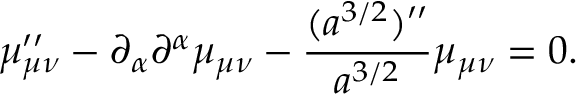
\mu _ { \mu \nu } ^ { \prime \prime } - \partial _ { \alpha } \partial ^ { \alpha } \mu _ { \mu \nu } - \frac { ( a ^ { 3 / 2 } ) ^ { \prime \prime } } { a ^ { 3 / 2 } } \mu _ { \mu \nu } = 0 .